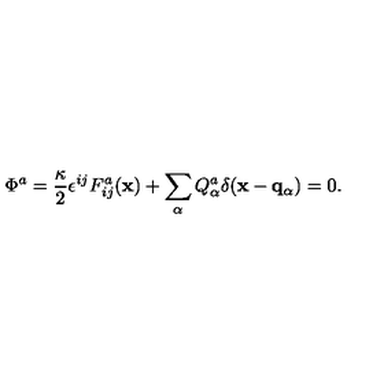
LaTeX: \Phi ^ { a } = { \frac { \kappa } { 2 } } \epsilon ^ { i j } F _ { i j } ^ { a } ( { \bf x } ) + \sum _ { \alpha } Q _ { \alpha } ^ { a } \delta ( { \bf x } - { \bf q } _ { \alpha } ) = 0 .